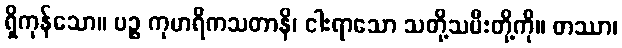
ရှိကုန်သော။ ပဉ္စ ကုမာရိကသတာနိ၊ ငါးရာသော သတို့သမီးတို့ကို။ တဿာ၊